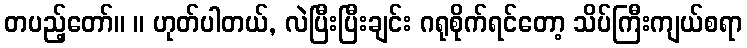
တပည့်တော်။ ။ ဟုတ်ပါတယ်, လဲပြီးပြီးချင်း ဂရုစိုက်ရင်တော့ သိပ်ကြီးကျယ်စရာ